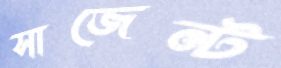
সাজেন্ট